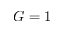
G = 1